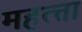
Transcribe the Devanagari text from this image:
महत्त्ता